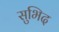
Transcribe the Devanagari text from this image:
सुभिद